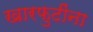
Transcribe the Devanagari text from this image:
खारफुटींना